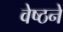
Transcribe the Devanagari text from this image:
वेष्ठनें